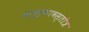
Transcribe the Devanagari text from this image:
प्रादुर्भावस्तोत्र